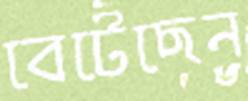
বেটেছেন